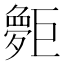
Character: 𪩨